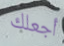
أجعلك